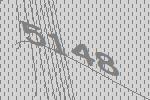
5148